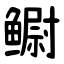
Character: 鳚